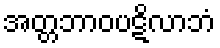
အတ္တဘာဝပဋိလာဘံ